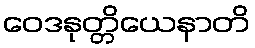
ဝေဒနုတ္တိယေနာတိ